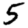
Digit: 5